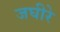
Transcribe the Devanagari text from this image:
जघीरे